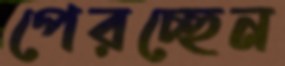
পেরচ্ছেন